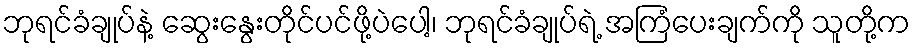
ဘုရင်ခံချုပ်နဲ့ ဆွေးနွေးတိုင်ပင်ဖို့ပဲပေါ့၊ ဘုရင်ခံချုပ်ရဲ့ အကြံပေးချက်ကို သူတို့က